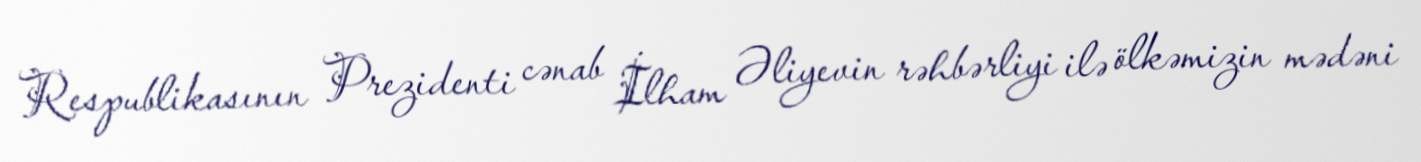
Respublikasının Prezidenti cənab İlham Əliyevin rəhbərliyi ilə ölkəmizin mədəni